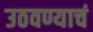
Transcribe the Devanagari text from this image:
उठवण्याचं